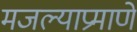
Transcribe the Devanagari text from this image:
मजल्याप्रमाणे